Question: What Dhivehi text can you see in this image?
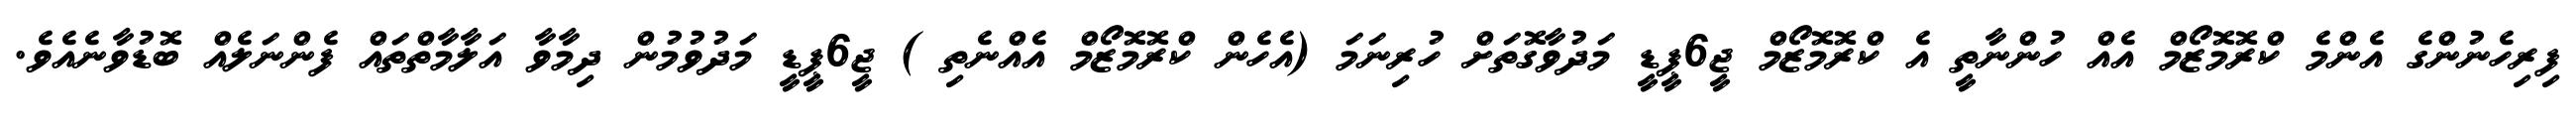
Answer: ފިރިހެނުންގެ އެންމެ ކްރޮމޮޒޯމް އެއް ހުންނާތީ އެ ކްރޮމޮޒޯމް ޖީ6ޕީޑީ މަދުވާގޮތަށް ހުރިނަމަ (އެހެން ކްރޮމޮޒޯމް އެއްނެތި ) ޖީ6ޕީޑީ މަދުވުމުން ދިމާވާ އަލާމާތްތައް ފެންނަލެއް ބޮޑުވާނެއެވެ.